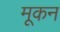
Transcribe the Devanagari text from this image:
मूकन